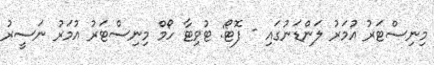
މިނިސްޓަރު އުމަރު ލަންޑަނުގައި - ފޮޓޯ: ޓުވިޓާ ހޯމް މިނިސްޓަރު އުމަރު ނަސީރު